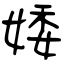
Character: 婑